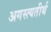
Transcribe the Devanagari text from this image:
अगस्त्यतीर्थ